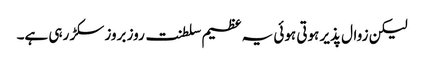
لیکن زوال پذیر ہوتی ہوئی یہ عظیم سلطنت روز بروز سکڑ رہی ہے۔